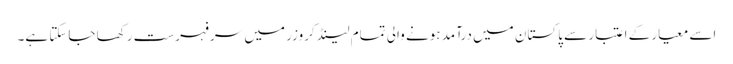
اسے معیار کے اعتبار سے پاکستان میں درآمد ہونے والی تمام لینڈ کروزر میں سرفہرست رکھا جاسکتا ہے۔